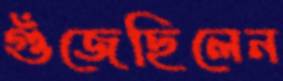
গুঁজেছিলেন